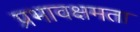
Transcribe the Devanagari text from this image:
प्रभावक्षमता